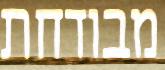
מבודחת